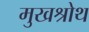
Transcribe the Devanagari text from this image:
मुखश्रोथ